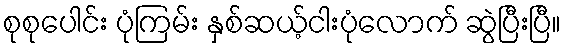
စုစုပေါင်း ပုံကြမ်း နှစ်ဆယ့်ငါးပုံလောက် ဆွဲပြီးပြီ။